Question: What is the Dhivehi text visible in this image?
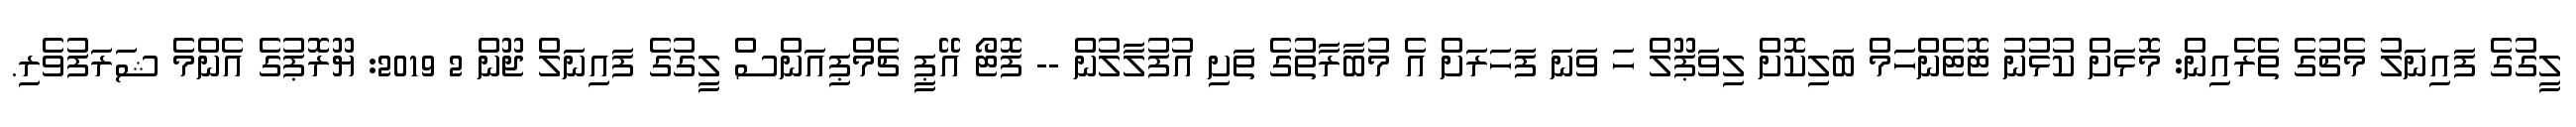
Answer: ލީގުގެ ފައިނަލު މެޗުގެ ތެރެއިން: މޮޅަށް ކުޅުނު ޓޮޓެންހަމް ބަލިކޮށް ލިވަޕޫލް ހަ ވަނަ ފަހަރަށް އެ މުބާރާތުގެ ތަށި އުފުލާލުން -- ފޮޓޯ އޭޕީ ޗެމްޕިއަންސް ލީގުގެ ފައިނަލް ޖޫން 2 2019: ޔޫރޮޕުގެ އެންމެ ޝަރަފުވެރި.